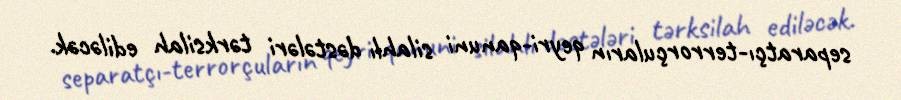
separatçı-terrorçuların qeyri-qanuni silahlı dəstələri tərksilah ediləcək.